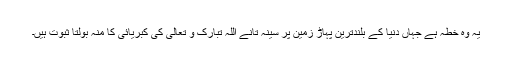
یہ وہ خطہ ہے جہاں دنیا کے بلندترین پہاڑ زمین پر سینہ تانے اللہ تبارک و تعالیٰ کی کبریائی کا منہ بولتا ثبوت ہیں۔